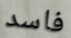
فاسد